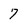
Character: 7